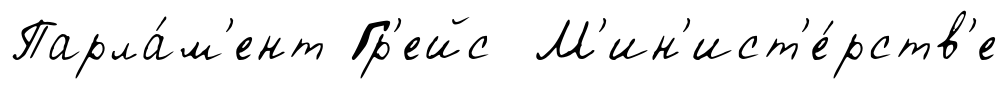
Парла́м'ент Гр'ейс М'ин'ист'е́рств'е